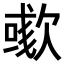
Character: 𣤁